Vaccination North-Western Provinces 1866-1877 - 1866-1877
Year: 1866
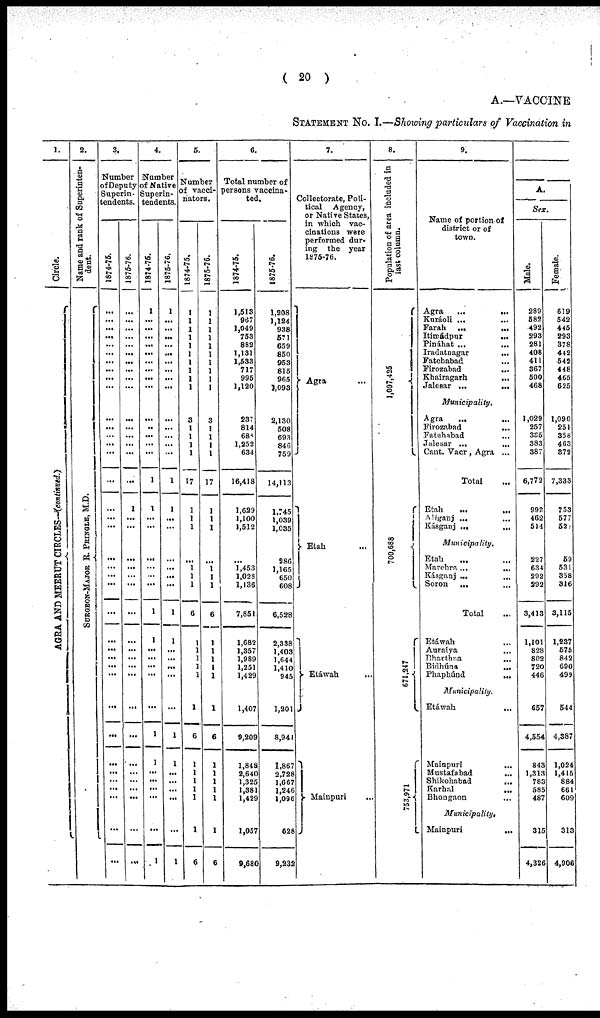
( 20 )
A.— VACCINE
STATEMENT No. I.— Showing particulars of Vaccination in
1.
Circle.
AGRA AND MEERUT CIRCLES— (continued.)
2.
Name and rank of Superinten-
dent.
SURGEON-MAJOR R. PRINGLE, M.D.
3.
Number
of Deputy
Superin-
tendents.
1874-75.
...
...
...
...
...
...
...
...
...
...
...
...
...
...
...
...
...
...
...
...
...
...
...
...
...
...
...
...
...
...
...
...
...
...
...
...
...
...
1875-76.
...
...
...
...
...
...
...
...
...
...
...
...
...
...
...
...
1
...
...
...
...
...
...
...
...
...
...
...
...
...
...
...
...
...
...
...
...
...
4.
Number
of Native
Superin-
tendents.
1874-75.
1
...
...
...
...
...
...
...
...
...
...
...
...
...
...
1
1
...
...
...
...
...
...
1
1
...
...
...
...
...
1
1
...
...
...
...
...
1
1875-76.
1
...
...
...
...
...
...
...
...
...
...
...
...
...
...
1
1
...
...
...
...
...
...
1
1
...
...
...
...
...
1
1
...
...
...
...
...
1
5.
Number
of vacci¬
nators.
1874-75.
1
1
1
1
1
1
1
1
1
1
3
1
1
1
1
17
1
1
1
...
1
1
1
6
1
1
1
1
1
1
6
1
1
1
1
1
1
6
1875-76.
1
1
1
1
1
1
1
1
1
1
3
1
1
1
1
17
1
1
1
...
1
1
1
6
1
1
1
1
1
1
6
1
1
1
1
1
1
6
6.
Total number of
persons vaccina-
ted.
1874-75.
1,513
967
1,049
753
882
1,131
1,533
717
995
1,120
237
814
688
1,252
634
16,418
1,629
1,100
1,512
...
1,453
1,028
1,136
7,851
1,682
1,357
1,989
1,251
1,429
1,407
9,209
1,848
2,640
1,325
1,381
1,429
1,057
9,680
1875-76.
1,208
1,124
938
571
659
850
953
815
965
1,093
2,130
508
693
846
759
14,113
1,745
1,039
1,035
286
1,165
650
608
6,528
2,338
1,403
1,644
1,410
945
1,201
8,941
1,867
2,728
1,667
1,246
1,096
628
9,232
7.
Collectorate, Poli-
tical Agency,
or Native States,
in which vac-
cinations were
performed dur¬
ing the year
1875-76.
Agra ...
Etah ...
Etáwah ...
Mainpuri ...
8.
Population of area included in
last column.
1,097,425
700,688
671,247
753,971
9.
Name of portion of
district or of
town.
Agra
...
...
Kuráoli ... ...
Farah
...
...
Itimádpur
... ...
Pináhat ... ...
Iradatnagar
... ...
Fatehabad ... ...
Firozabad
... ...
Khairagarh
... ...
Jalesar ...
...
Municipality.
Agra ... ...
Firozabad
... ...
Fatehabad ... ...
Jalesar ...
...
Cant. Vacr, Agra ...
Total ...
Etah ... ...
Aliganj ... ...
Kásganj ...
...
Municipality.
Etah ... ...
Marehra ...
...
Kásganj ... ...
Soron
... ...
Total ...
Etáwah ... ...
Auraiya ... ...
Bharthna
... ...
Bidhúna
... ...
Phaphúnd
... ...
Municipality.
Etáwah
... ...
Mainpuri ... ...
Mustafabad ... ...
Shikohabad
... ...
Karhal
... ...
Bhongaon ... ...
Municipality.
Mainpuri
... ...
A.
Sex.
Male.
289
582
492
293
281
408
411
367
500
468
1,029
257
335
383
387
6,772
992
462
514
227
634
292
292
3,413
1,101
828
802
720
446
657
4,554
843
1,313
783
585
487
315
4,326
Female.
619
542
445
293
378
442
542
448
465
625
1,090
251
358
463
372
7,333
753
577
521
59
531
358
316
3,115
1,237
575
842
690
499
544
4,387
1,024
1,415
884
661
609
313
4,906